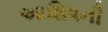
આશિષની